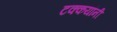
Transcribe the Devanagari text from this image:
टक्कयांनी